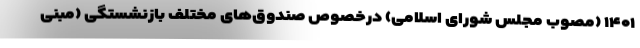
۱۴۰۱ (مصوب مجلس شورای اسلامی) درخصوص صندوق‌های مختلف بازنشستگی (مبنی